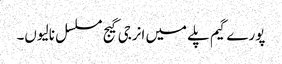
پورے گیم پلے میں انرجی گیج مسلسل نالیوں۔